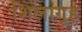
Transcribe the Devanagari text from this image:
शिलागृह